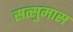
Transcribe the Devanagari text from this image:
सत्सुमास